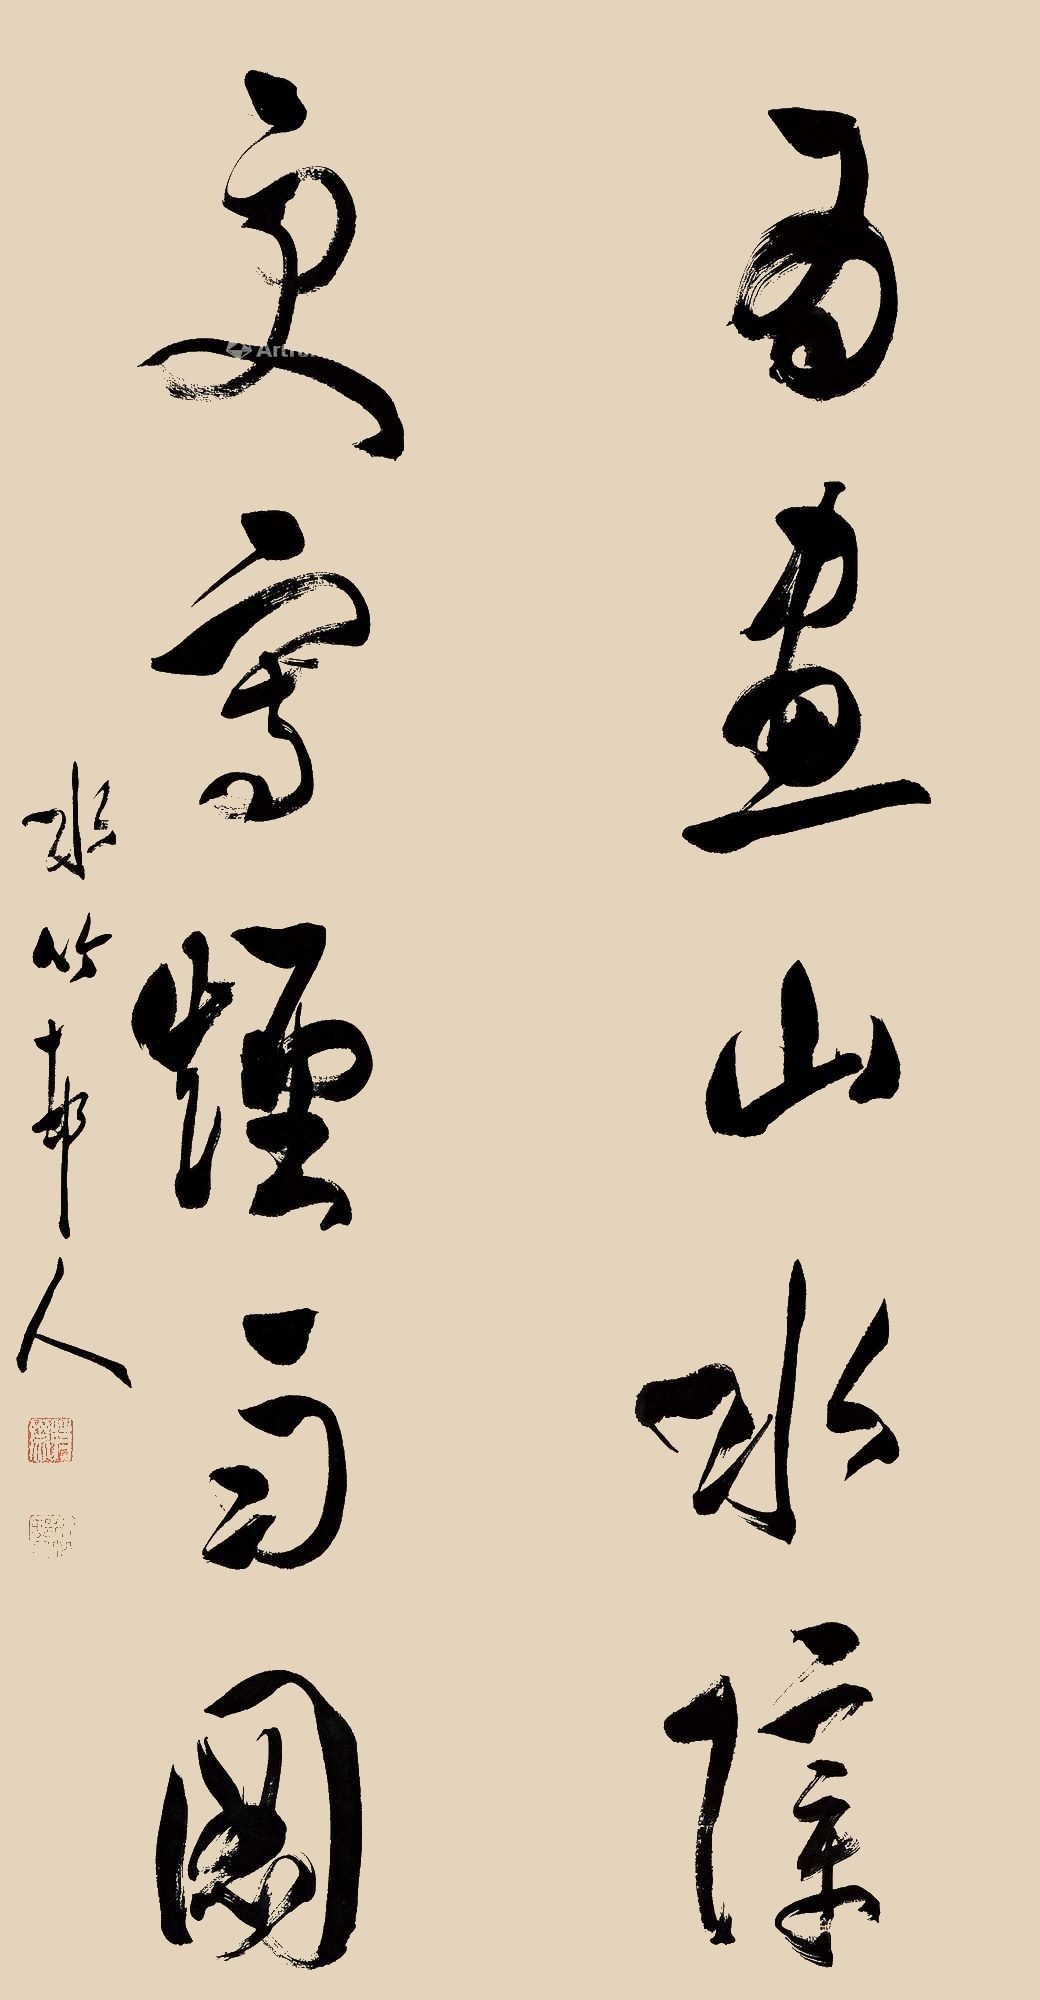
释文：为画山水障，更写烟雨图。水竹邨人。